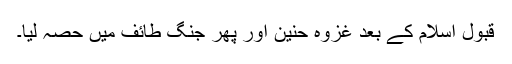
قبول اسلام کے بعد غزوہ حنین اور پھر جنگ طائف میں حصہ لیا۔